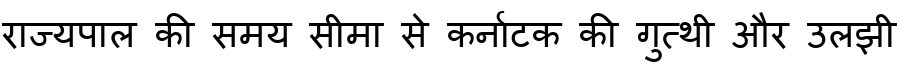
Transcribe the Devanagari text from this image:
राज्यपाल की समय सीमा से कर्नाटक की गुत्थी और उलझी